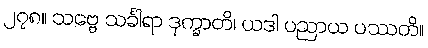
၂၇၈။ သဗ္ဗေ သင်္ခါရာ ဒုက္ခာတိ၊ ယဒါ ပညာယ ပဿတိ။